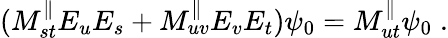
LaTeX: (M_{st}^{\parallel}E_{u}E_{s}+M_{uv}^{\parallel}E_{v}E_{t})\psi_{0}=M_{ut}^{\parallel}\psi_{0}\; .